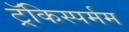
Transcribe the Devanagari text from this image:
ट्रॅकिस्पर्मम